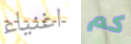
اغنياء كم